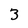
Character: 3